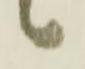
候